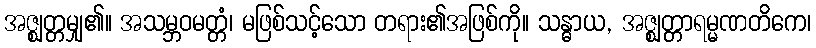
အဇ္ဈတ္တမျှ၏။ အသမ္ဘဝမတ္တံ၊ မဖြစ်သင့်သော တရား၏အဖြစ်ကို။ သန္ဓာယ, အဇ္ဈတ္တာရမ္မဏတိကေ၊